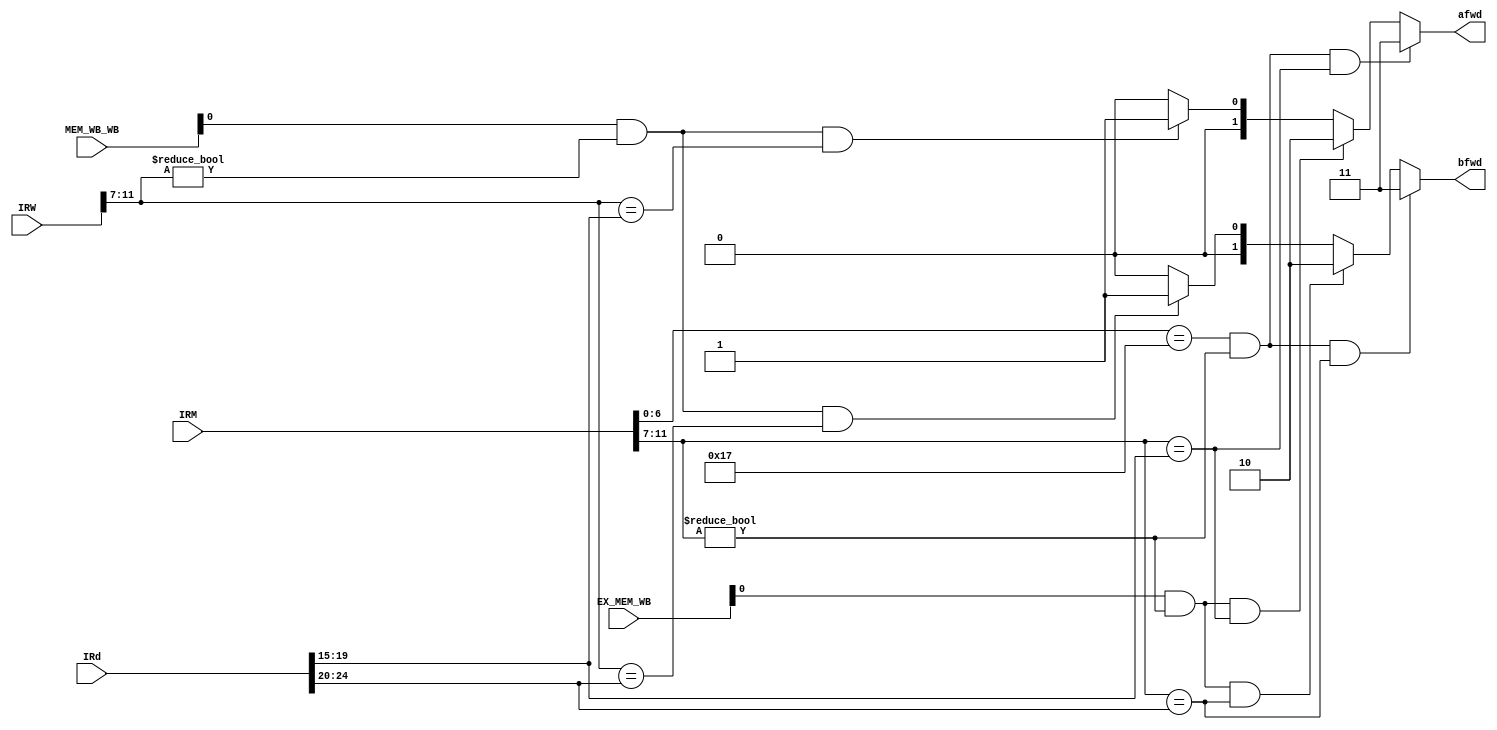
`timescale 1ns / 1ps
//////////////////////////////////////////////////////////////////////////////////
// Company: 
// Engineer: 
// 
// Design Name: 
// Module Name: FORWARD_UNIT
// Project Name: 
// Target Devices: 
// Tool Versions: 
// Description: 
// 
// Dependencies: 
// 
// Revision:
// Revision 0.01 - File Created
// Additional Comments:
// 
//////////////////////////////////////////////////////////////////////////////////


module FORWARD_UNIT(
    input [31:0] IRM,
    input [31:0] IRW,
    input [2:0] EX_MEM_WB,
    input [2:0] MEM_WB_WB,
    input [31:0] IRd,
    output reg [1:0] afwd,
    output reg [1:0] bfwd
);
    always@(*) begin
        
        if (IRM[6:0] == 7'b0010111 && IRM[11:7] != 5'b0 && IRM[11:7] == IRd[19:15])
            afwd = 2'b11;
        else if (EX_MEM_WB[0] && IRM[11:7] != 5'b0 && IRM[11:7] == IRd[19:15])
            afwd = 2'b10;
        else if (MEM_WB_WB[0] && IRW[11:7] != 5'b0 && IRW[11:7] == IRd[19:15])
            afwd = 2'b01;
        else
            afwd = 2'b00;

        if (IRM[6:0] == 7'b0010111 && IRM[11:7] != 5'b0 && IRM[11:7] == IRd[24:20])
            bfwd = 2'b11;
        else if (EX_MEM_WB[0] && IRM[11:7] != 5'b0 && IRM[11:7] == IRd[24:20])
            bfwd = 2'b10;
        else if (MEM_WB_WB[0] && IRW[11:7] != 5'b0 && IRW[11:7] == IRd[24:20])
            bfwd = 2'b01; 
        else
            bfwd = 2'b00;

    end
endmodule